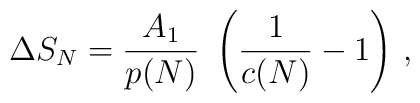
\Delta S_N  =  {A_1 \over p(N)} \ \left({1 \over c(N)} -1\right) \, ,